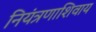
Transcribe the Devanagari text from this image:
नियंत्रणाशिवाय